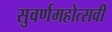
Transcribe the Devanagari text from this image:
सुवर्णमहोत्‍सवी